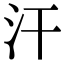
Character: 汗